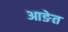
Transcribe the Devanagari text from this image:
आङेत